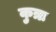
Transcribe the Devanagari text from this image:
कुत्रः